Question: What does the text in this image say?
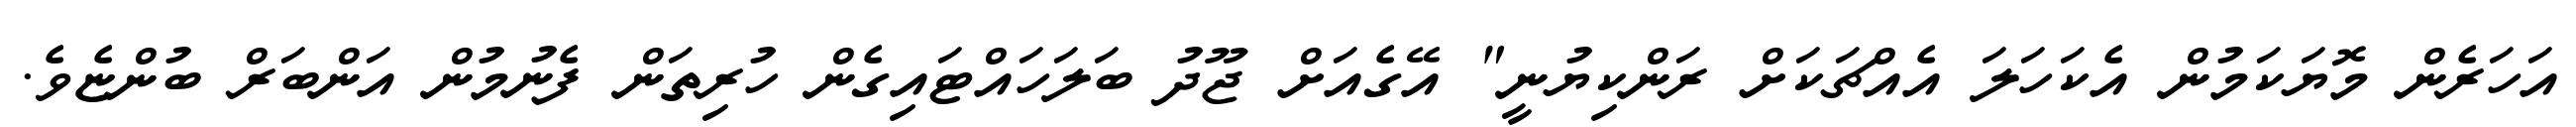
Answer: އަހަރެން މޮޔަކަމުން އެކަހަލަ އެއްޗަކަށް ރަންކިޔުނީ" އޭގެއަށް ޖޫދު ބަލަހައްޓައިގެން ހުރިތަން ފެނުމުން އަންބަރް ބުންޏެވެ.